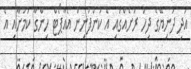
އަދި ދުނިޔޭގެ ދިހަ ރަށެއްގައި އެ ކުންފުނިން އެއާޕޯޓް ހިންގާ ކަމަށާއި އެ